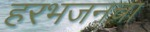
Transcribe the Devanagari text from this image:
हरभजनचा